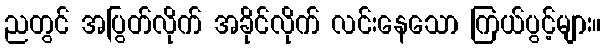
ညတွင် အပြွတ်လိုက် အခိုင်လိုက် လင်းနေသော ကြယ်ပွင့်များ။